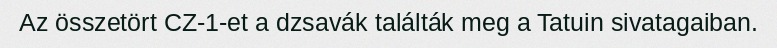
Az összetört CZ-1-et a dzsavák találták meg a Tatuin sivatagaiban.